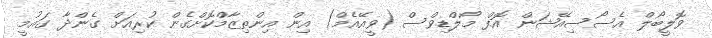
ވޮލީބޯލް އެސޯސިއޭޝަން އޮފް މޯލްޑިވްސް (ވީއޭއެމް) އިން އިންތިޒާމްކޮށްގެން ކުރިއަށް ގެންދާ ގައުމީ